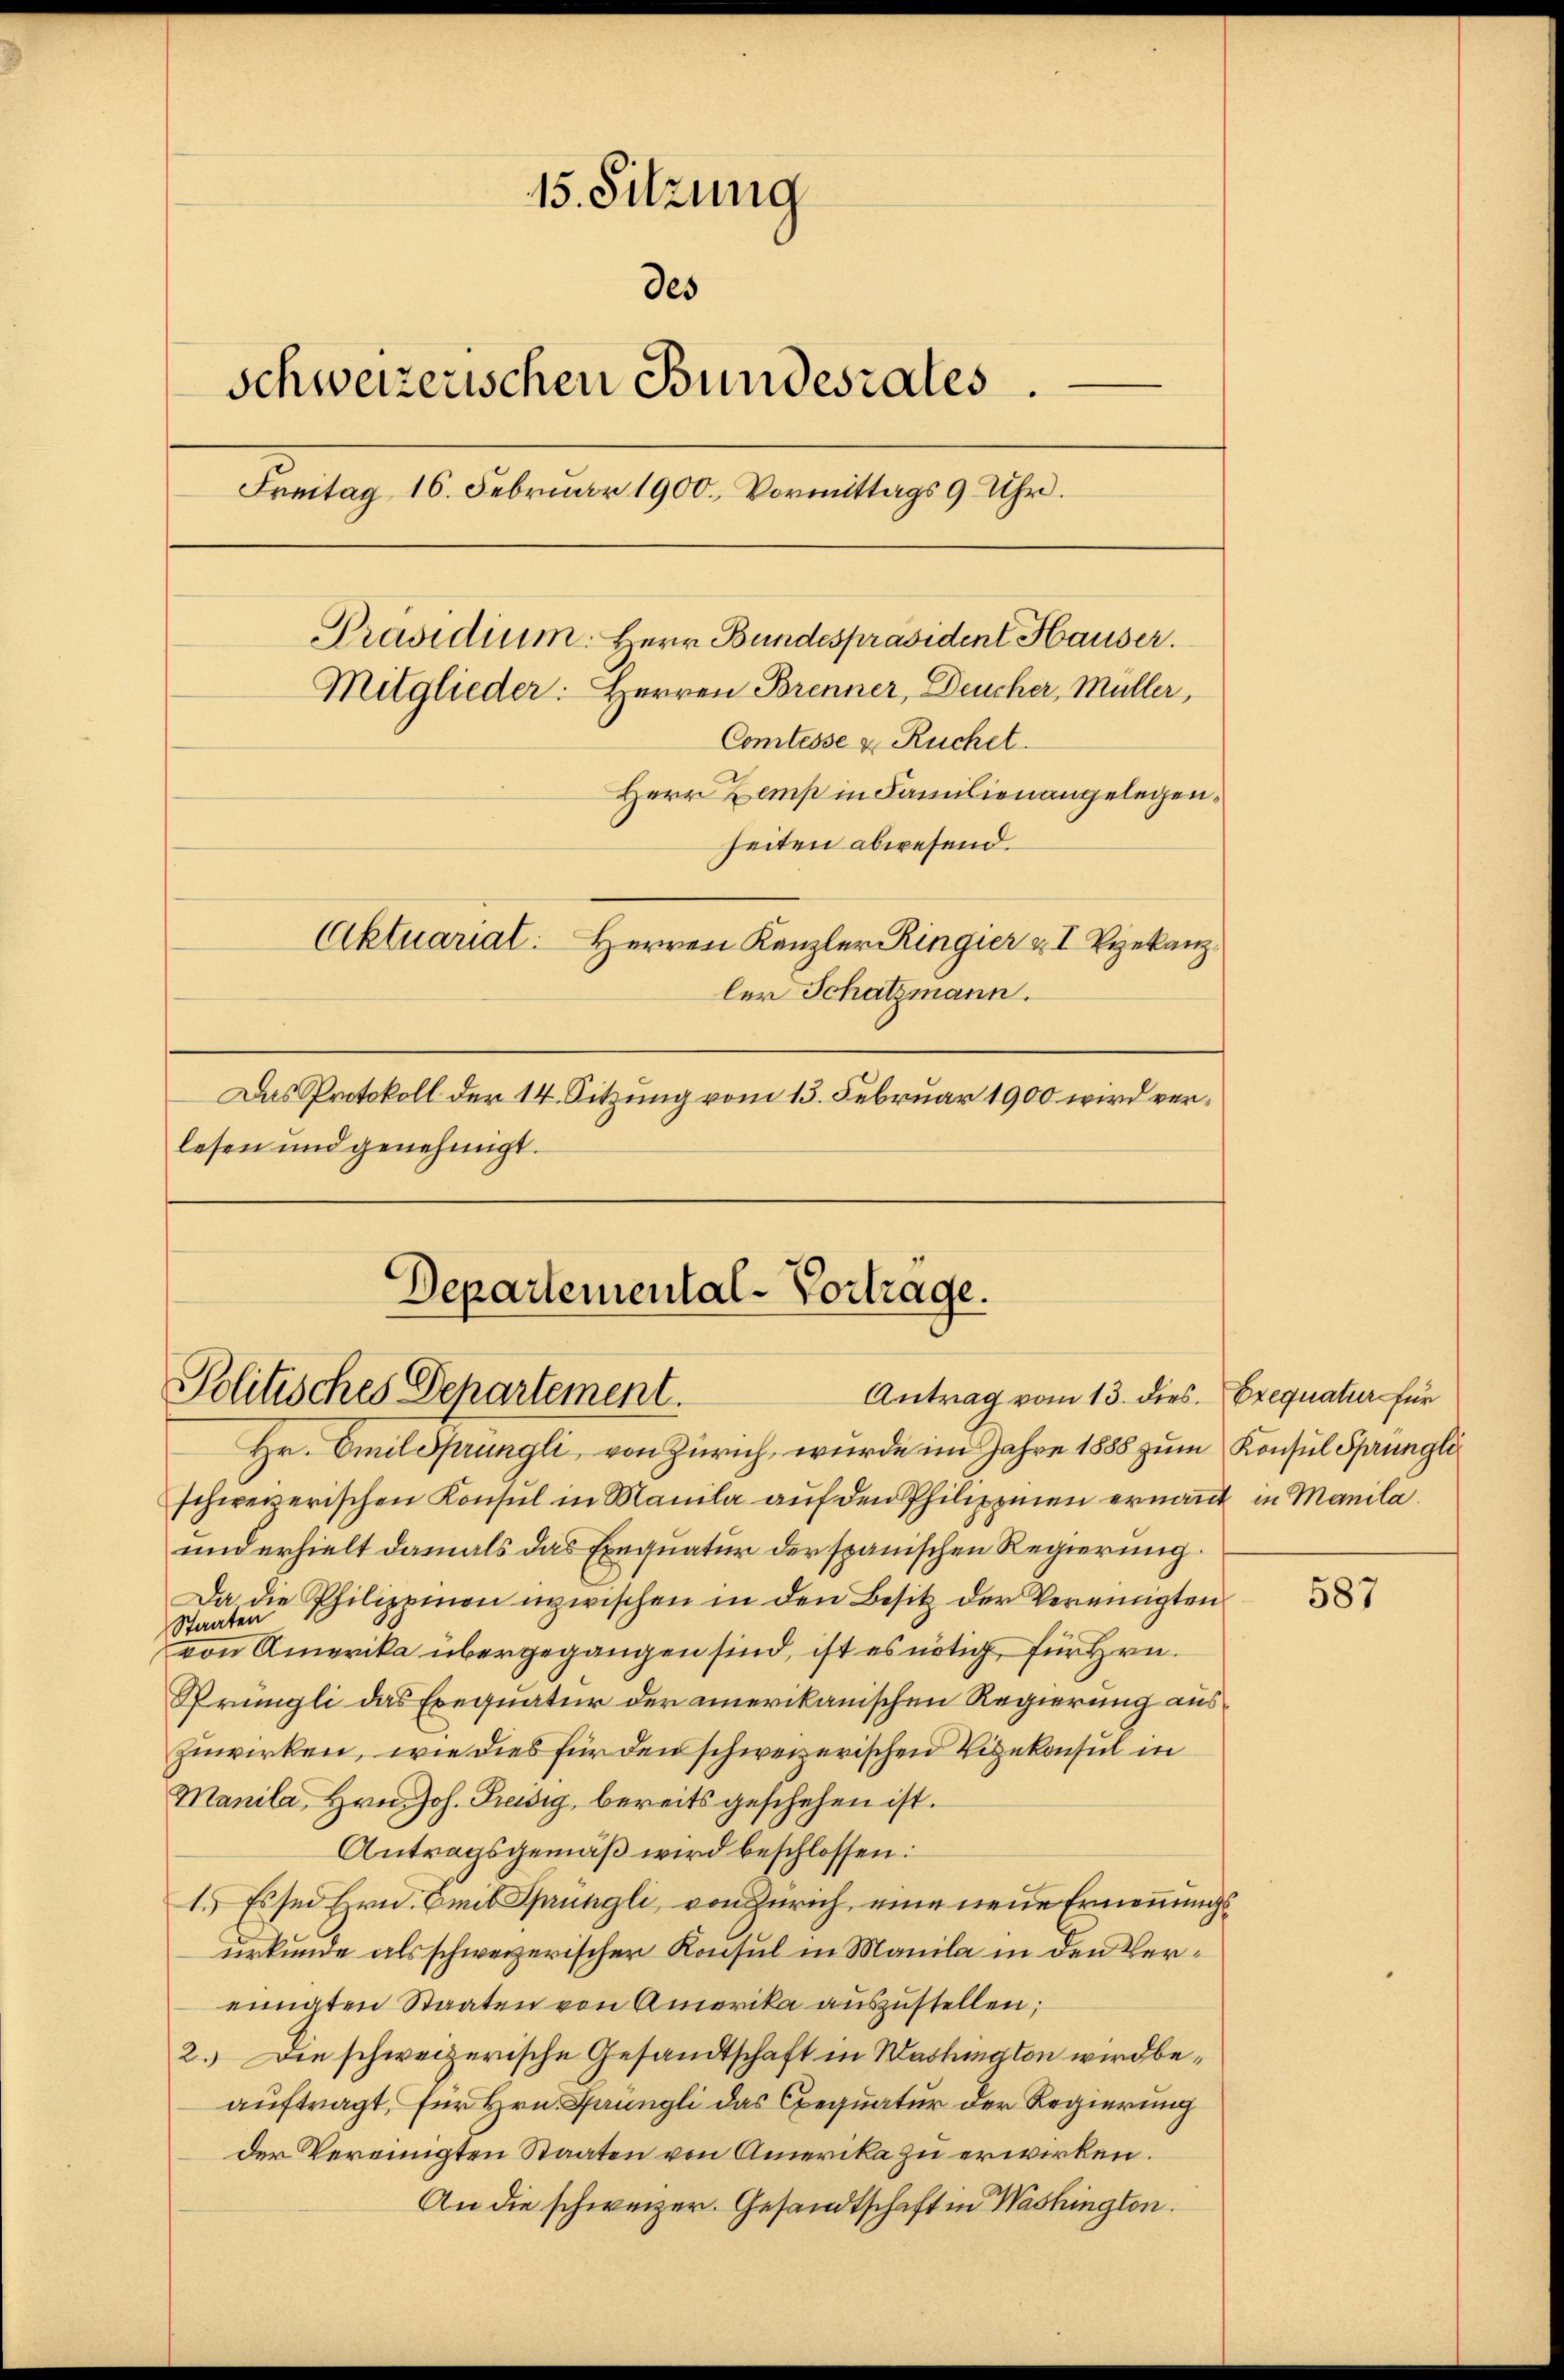
15. Sitzung
des
schweizerischen Bundesrates.
Freitag 16. Februar 1900. Vormittags 9 Uhr.
Präsidium. Herr Bundespräsident Hauser.
Mitglieder: Herren Brenner, Deucher, Müller,
Comtesse u. Ruchet.
Herr Zemp in Familien angelegenheiten abwesend.
Aktuariat: Herren Kanzler Ringier & I Teekanz
ler Schatzmann.
Das Protokoll der 14. Sitzung vom 13. Februar 1900 wird verlesen und genehmigt.

Departemental-Vortrage.
Politisches Departement.
Antrag vom 13. dies.

Hr. Emil Sprüngli, von Zürich, wurde im Jahre 1888 zum Konsul Sprünglischweizerischen Konsul in Manila auf den Philippinen ernannt in Manila.
und erhielt damals das Exequatur der spanischen Regierung.
Da die Philippinon inzwischen in den Besitz der Vereinigten
Staaten
von Amerika übergegangen sind, ist es nötig, für Hrn.
Prüngli das Exequatur der amerikanischen Regierung auszuwirken, wie dies für den schweizerischen Vizekonsul in
Manila, Hrn. Joh. Preisig, bereits geschehen ist.
Antragsgemäß wird beschlossen:
1.) Es sei Hrn. Emil Sprüngli, von Zürich, eine neue Ernennungsurkunde als schweizerischer Konsul in Manila in den Vereinigten Staaten von Amerika auszustellen;
2.) Die schweizerische Gesandtschaft in Washington wird beauftragt, für Hrn. Grüngli das Exequatur der Regierung
der Vereinigten Staaten von Amerika zu erwirken.
An die schweizer. Gesandtschaft in Washington.

Exequatur für

587